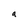
Character: a